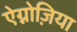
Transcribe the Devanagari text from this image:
ऐग्नोज़िया